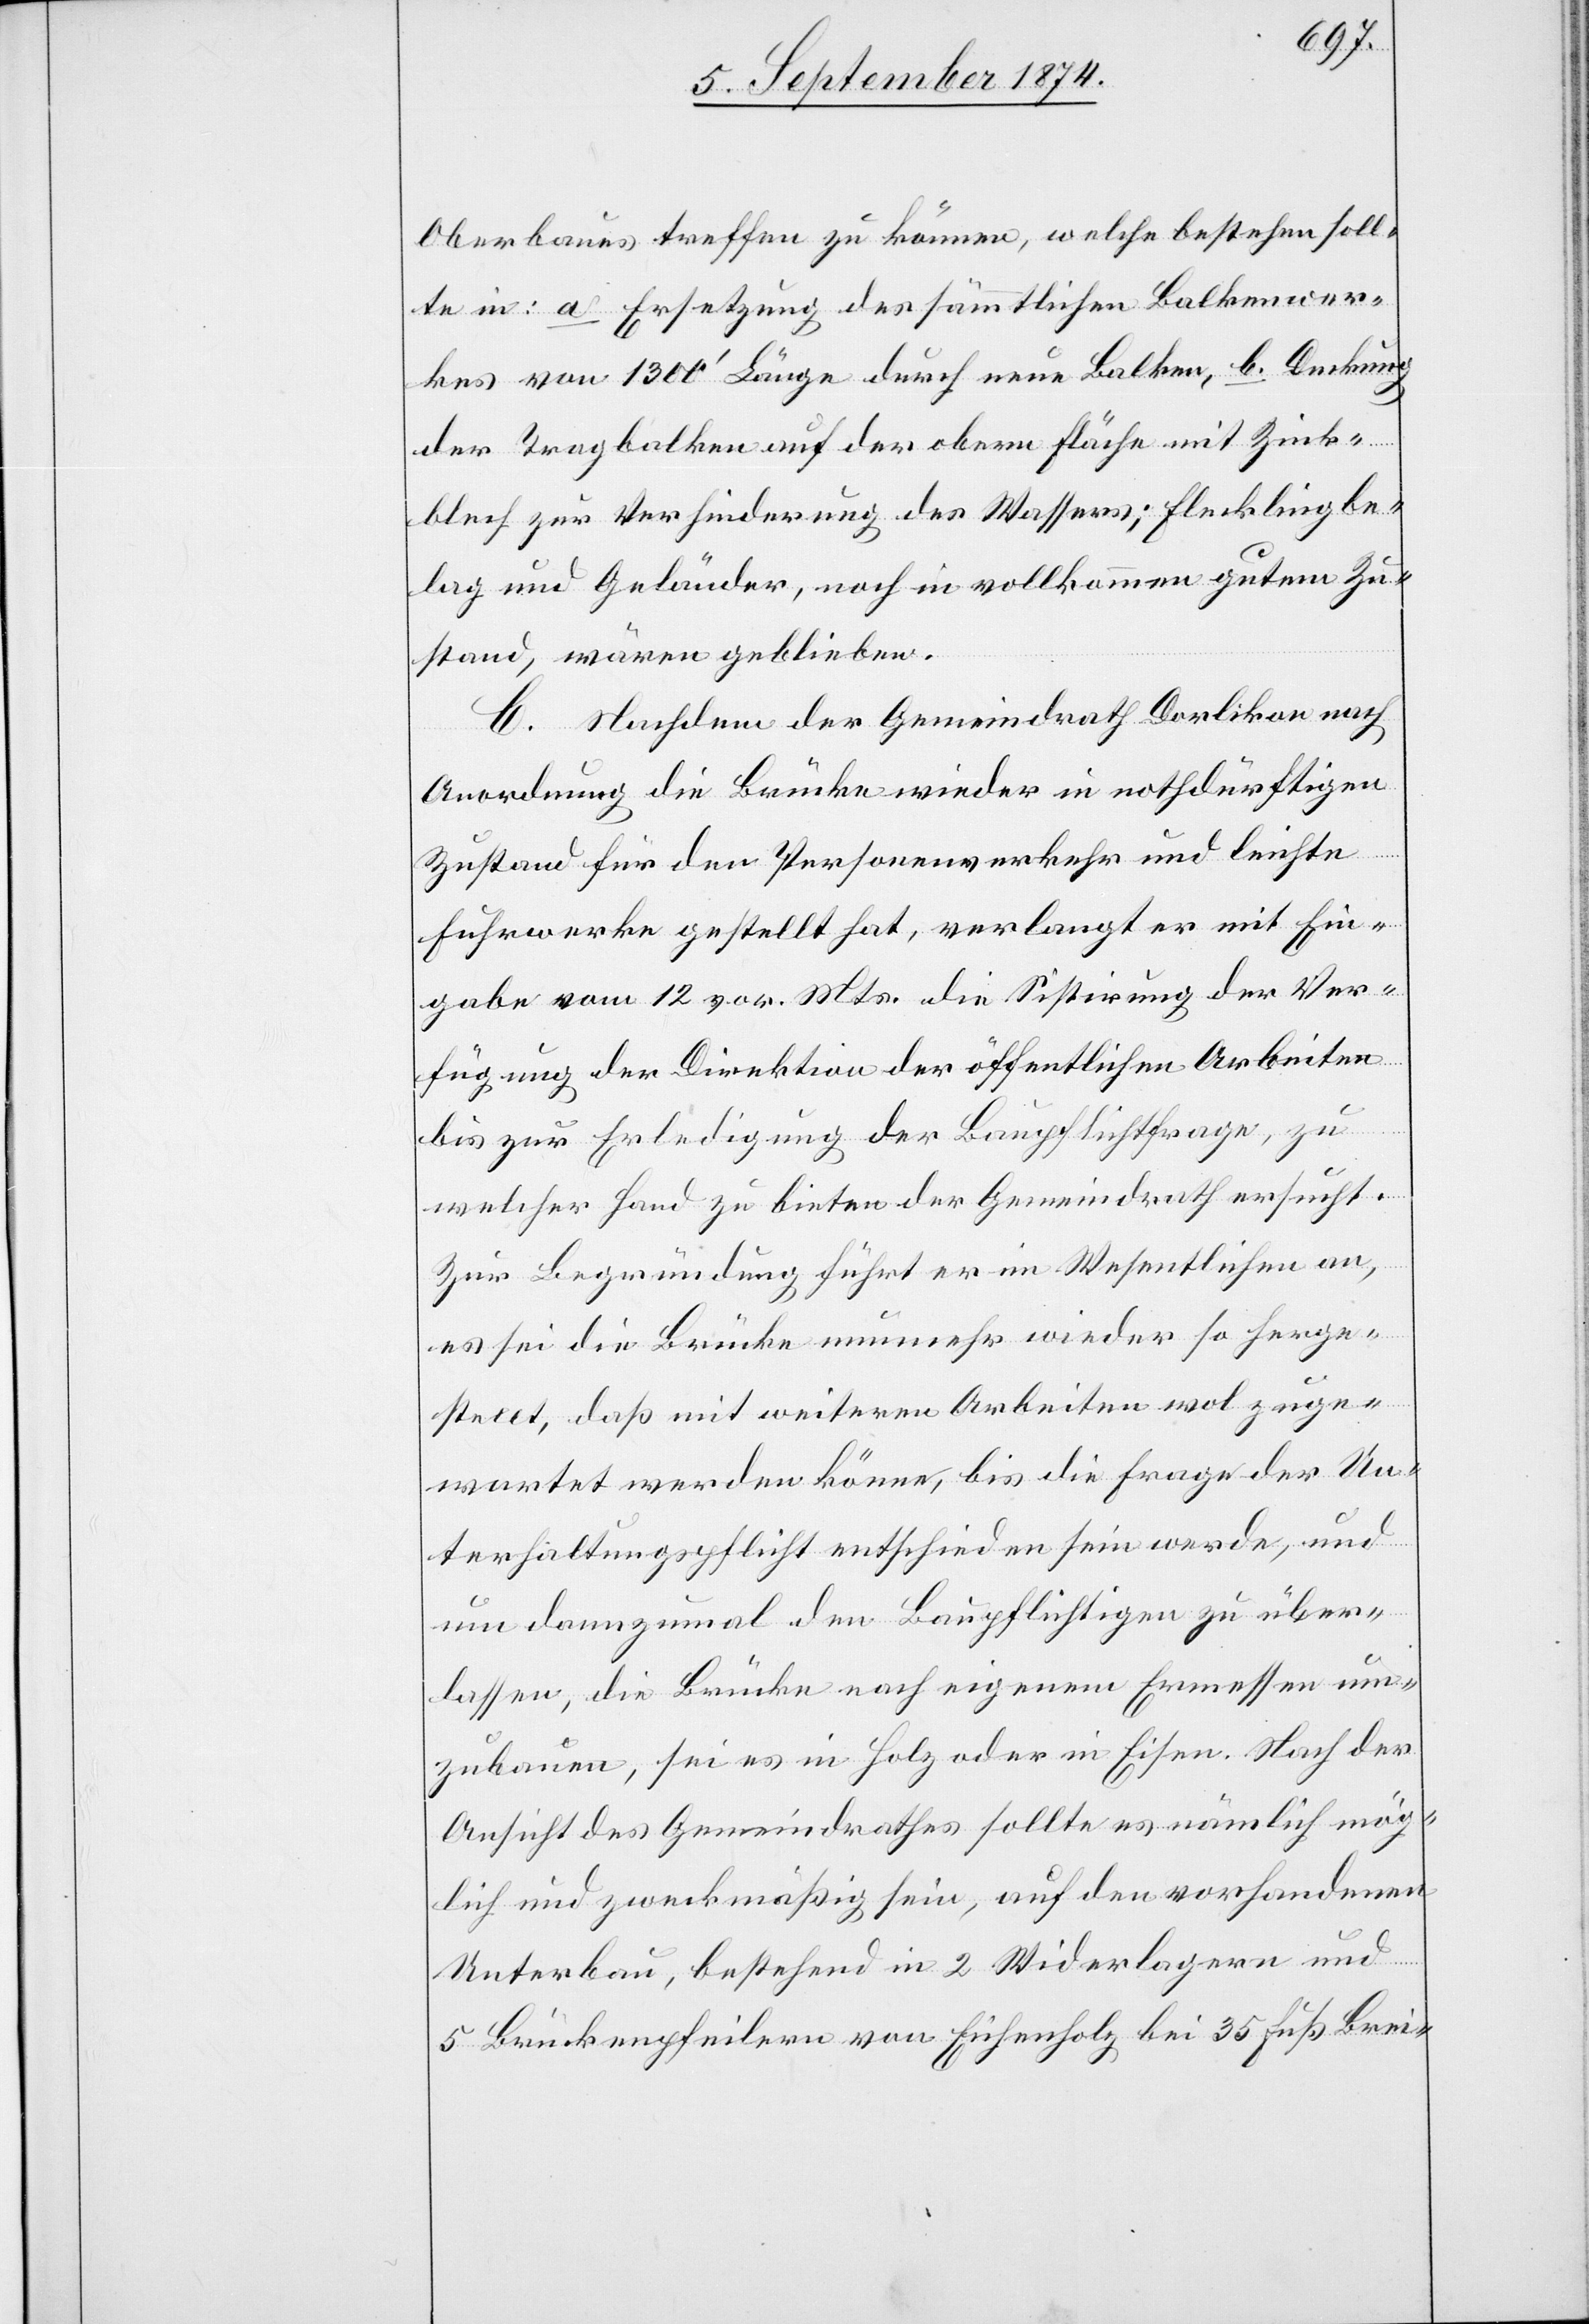
Oberbaues treffen zu können, welche bestehen soll¬
te in: a. Ersetzung des sämmtlichen Balkenwer¬
kes von 1300‘ Länge durch neue Balken, b. Deckung
der Tragbalken auf der obern Fläche mit Zink¬
blech zur Verhinderung des Wassers; Flecklingbe¬
lag und Geländer, noch in vollkommen gutem Zu¬
stand, wären geblieben.
C. Nachdem der Gemeindrath Dorlikon nach
Anordnung die Brücke wieder in nothdürftigen
Zustand für den Personenverkehr und leichte
Fuhrwerke gestellt hat, verlangt er mit Ein¬
gabe vom 12. vor. Mts. die Sistirung der Ver¬
fügung der Direktion der öffentlichen Arbeiten
bis zur Erledigung der Baupflichtfrage, zu
welcher Hand zu bieten der Gemeindrath ersucht.
Zur Begründung führt er im Wesentlichen an,
es sei die Brücke nunmehr wieder so herge¬
stellt, daß mit weiteren Arbeiten wol zuge¬
wartet werden könne, bis die Frage der Un¬
terhaltungspflicht entschieden sein werde, und
um dannzumal den Baupflichtigen zu über¬
lassen, die Brücke nach eigenem Ermessen um¬
zubauen, sei es in Holz oder in Eisen. Nach der
Ansicht des Gemeindrathes sollte es nämlich mög¬
lich und zweckmäßig sein, auf den vorhandenen
Unterbau, bestehend in 2 Wiederlagern und
5 Brückenpfeilern von Eichenholz bis 35 Fuß Brei-